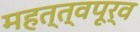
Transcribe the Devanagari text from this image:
महत्त्वपूर्व